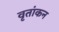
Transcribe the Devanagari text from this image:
वृतांकन